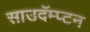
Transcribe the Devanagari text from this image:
साउदॅम्प्टन